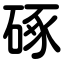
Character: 硺